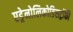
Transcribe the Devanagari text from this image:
एड्रेनोलिकोडिसट्रॉफी